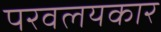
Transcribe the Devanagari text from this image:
परवलयकार